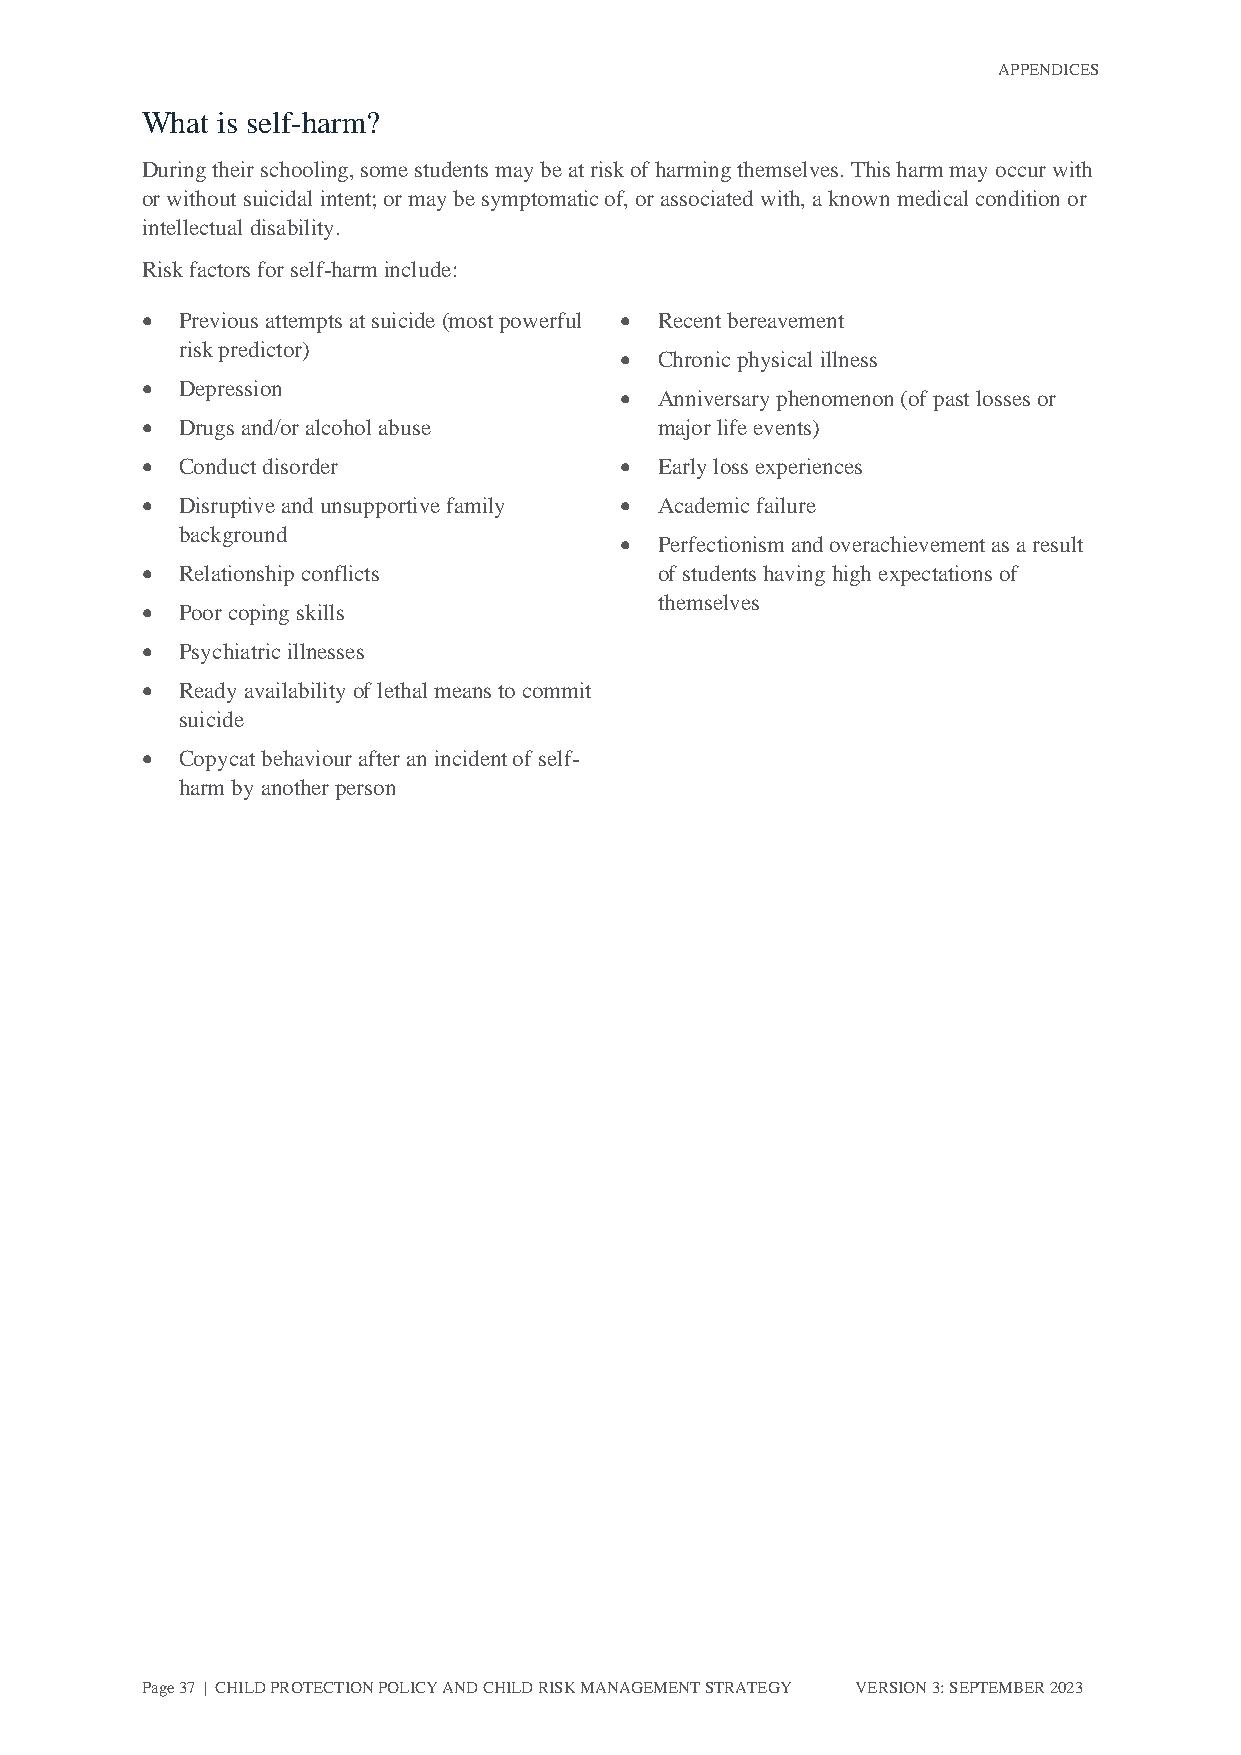
APPENDICES
 What is self-harm?
 During their schooling, some students may be at risk of harming themselves. This harm may occur with
 or without suicidal intent; or may be symptomatic of, or associated with, a known medical condition or
 intellectual disability.
 Risk factors for self-harm include:
 •  Previous attempts at suicide (most powerful • Recent bereavement
 risk predictor)
 •  Chronic physical illness
 •  Depression
 •  Anniversary phenomenon (of past losses or
 •  Drugs and/or alcohol abuse      major life events)
 •  Conduct disorder             •  Early loss experiences
 •  Disruptive and unsupportive family • Academic failure
 background
 •  Perfectionism and overachievement as a result
 •  Relationship conflicts          of students having high expectations of
 themselves
 •  Poor coping skills
 •  Psychiatric illnesses
 •  Ready availability of lethal means to commit
 suicide
 •  Copycat behaviour after an incident of self-
 harm by another person
 Page 37 | CHILD PROTECTION POLICY AND CHILD RISK MANAGEMENT STRATEGY VERSION 3: SEPTEMBER 2023